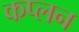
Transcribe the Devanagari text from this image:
कप्लन